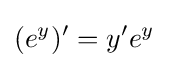
(e^{y})'=y'e^{y}